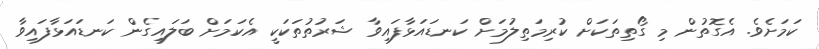
ކަމަށެވެ. އެގޮތުން މި ގޯތިތަކަށް ކުރިމަތިލުމަށް ކަނޑައަޅާފައިވާ ޝަރުތުތަކަކީ އެކަމަށް ބަލައިގެން ކަނޑައަޅާފައިވާ